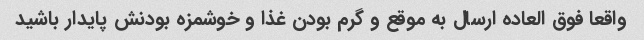
واقعا فوق العاده ارسال به موقع و گرم بودن غذا و خوشمزه بودنش پایدار باشید